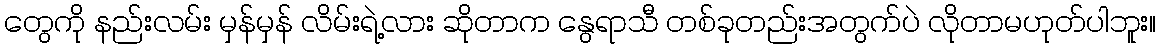
တွေကို နည်းလမ်း မှန်မှန် လိမ်းရဲ့လား ဆိုတာက နွေရာသီ တစ်ခုတည်းအတွက်ပဲ လိုတာမဟုတ်ပါဘူး။